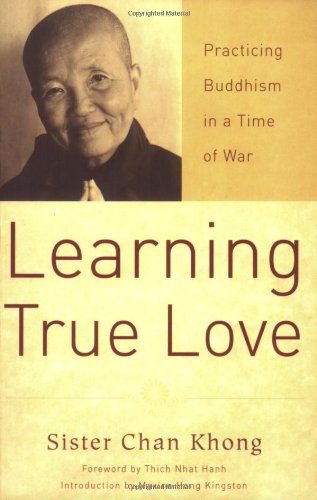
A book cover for Learning True Love: Practicing Buddhism in a Time of War; Sister ChÃ¢n KhÃ´ng; Religion & Spirituality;